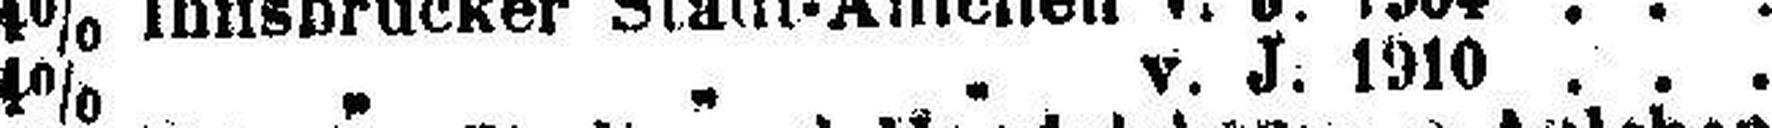
4% „ „ „ v. J. 1910